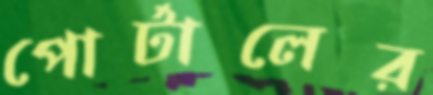
পোর্টালের